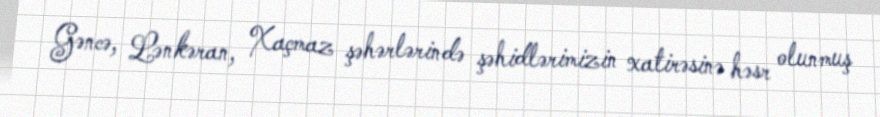
Gəncə, Lənkəran, Xaçmaz şəhərlərində şəhidlərimizin xatirəsinə həsr olunmuş